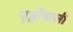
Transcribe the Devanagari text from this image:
पृष्ठोंवाली